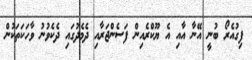
ފިގުއެރޯ ބުނީ އޭނާ އާއި އެ ޔޫކްރެއިން ފަސެންޖަރާއި ދެމެދުގައި ދެކެވުނު ވާހަކަތަކުން